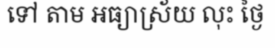
ទៅ តាម អធ្យាស្រ័យ លុះ ថ្ងៃ